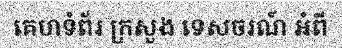
គេហទំព័រ ក្រសួង ទេសចរណ៍ អំពី